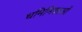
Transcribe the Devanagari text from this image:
धमिनिकाओं